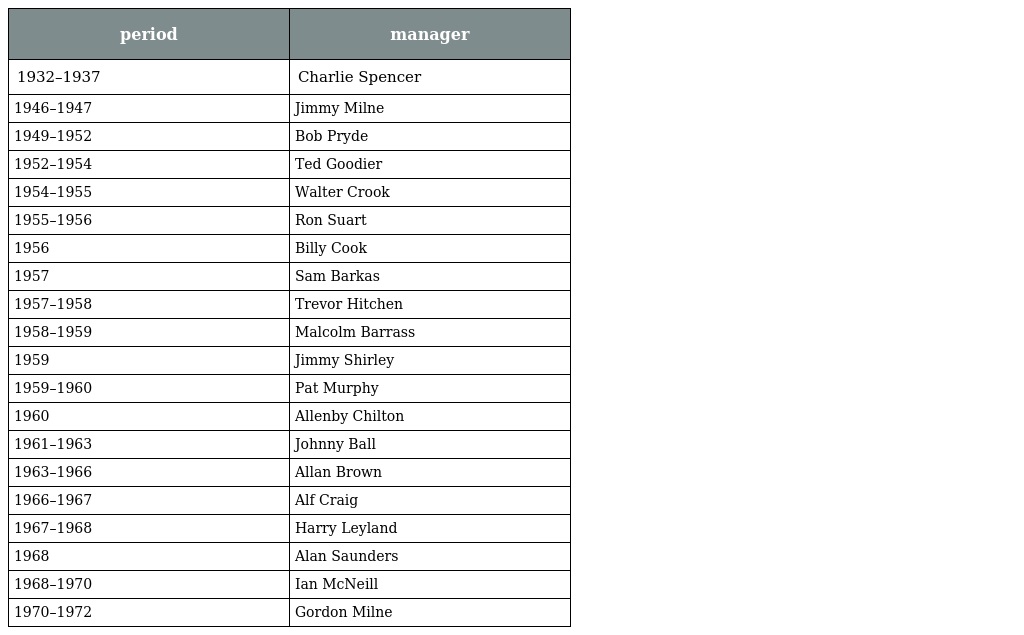
| period | manager |
 | --- | --- |
 | 1932–1937 | Charlie Spencer |
 | 1946–1947 | Jimmy Milne |
 | 1949–1952 | Bob Pryde |
 | 1952–1954 | Ted Goodier |
 | 1954–1955 | Walter Crook |
 | 1955–1956 | Ron Suart |
 | 1956 | Billy Cook |
 | 1957 | Sam Barkas |
 | 1957–1958 | Trevor Hitchen |
 | 1958–1959 | Malcolm Barrass |
 | 1959 | Jimmy Shirley |
 | 1959–1960 | Pat Murphy |
 | 1960 | Allenby Chilton |
 | 1961–1963 | Johnny Ball |
 | 1963–1966 | Allan Brown |
 | 1966–1967 | Alf Craig |
 | 1967–1968 | Harry Leyland |
 | 1968 | Alan Saunders |
 | 1968–1970 | Ian McNeill |
 | 1970–1972 | Gordon Milne |